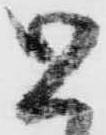
と